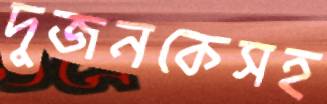
দুজনকেসহ